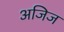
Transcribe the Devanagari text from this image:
अजिज